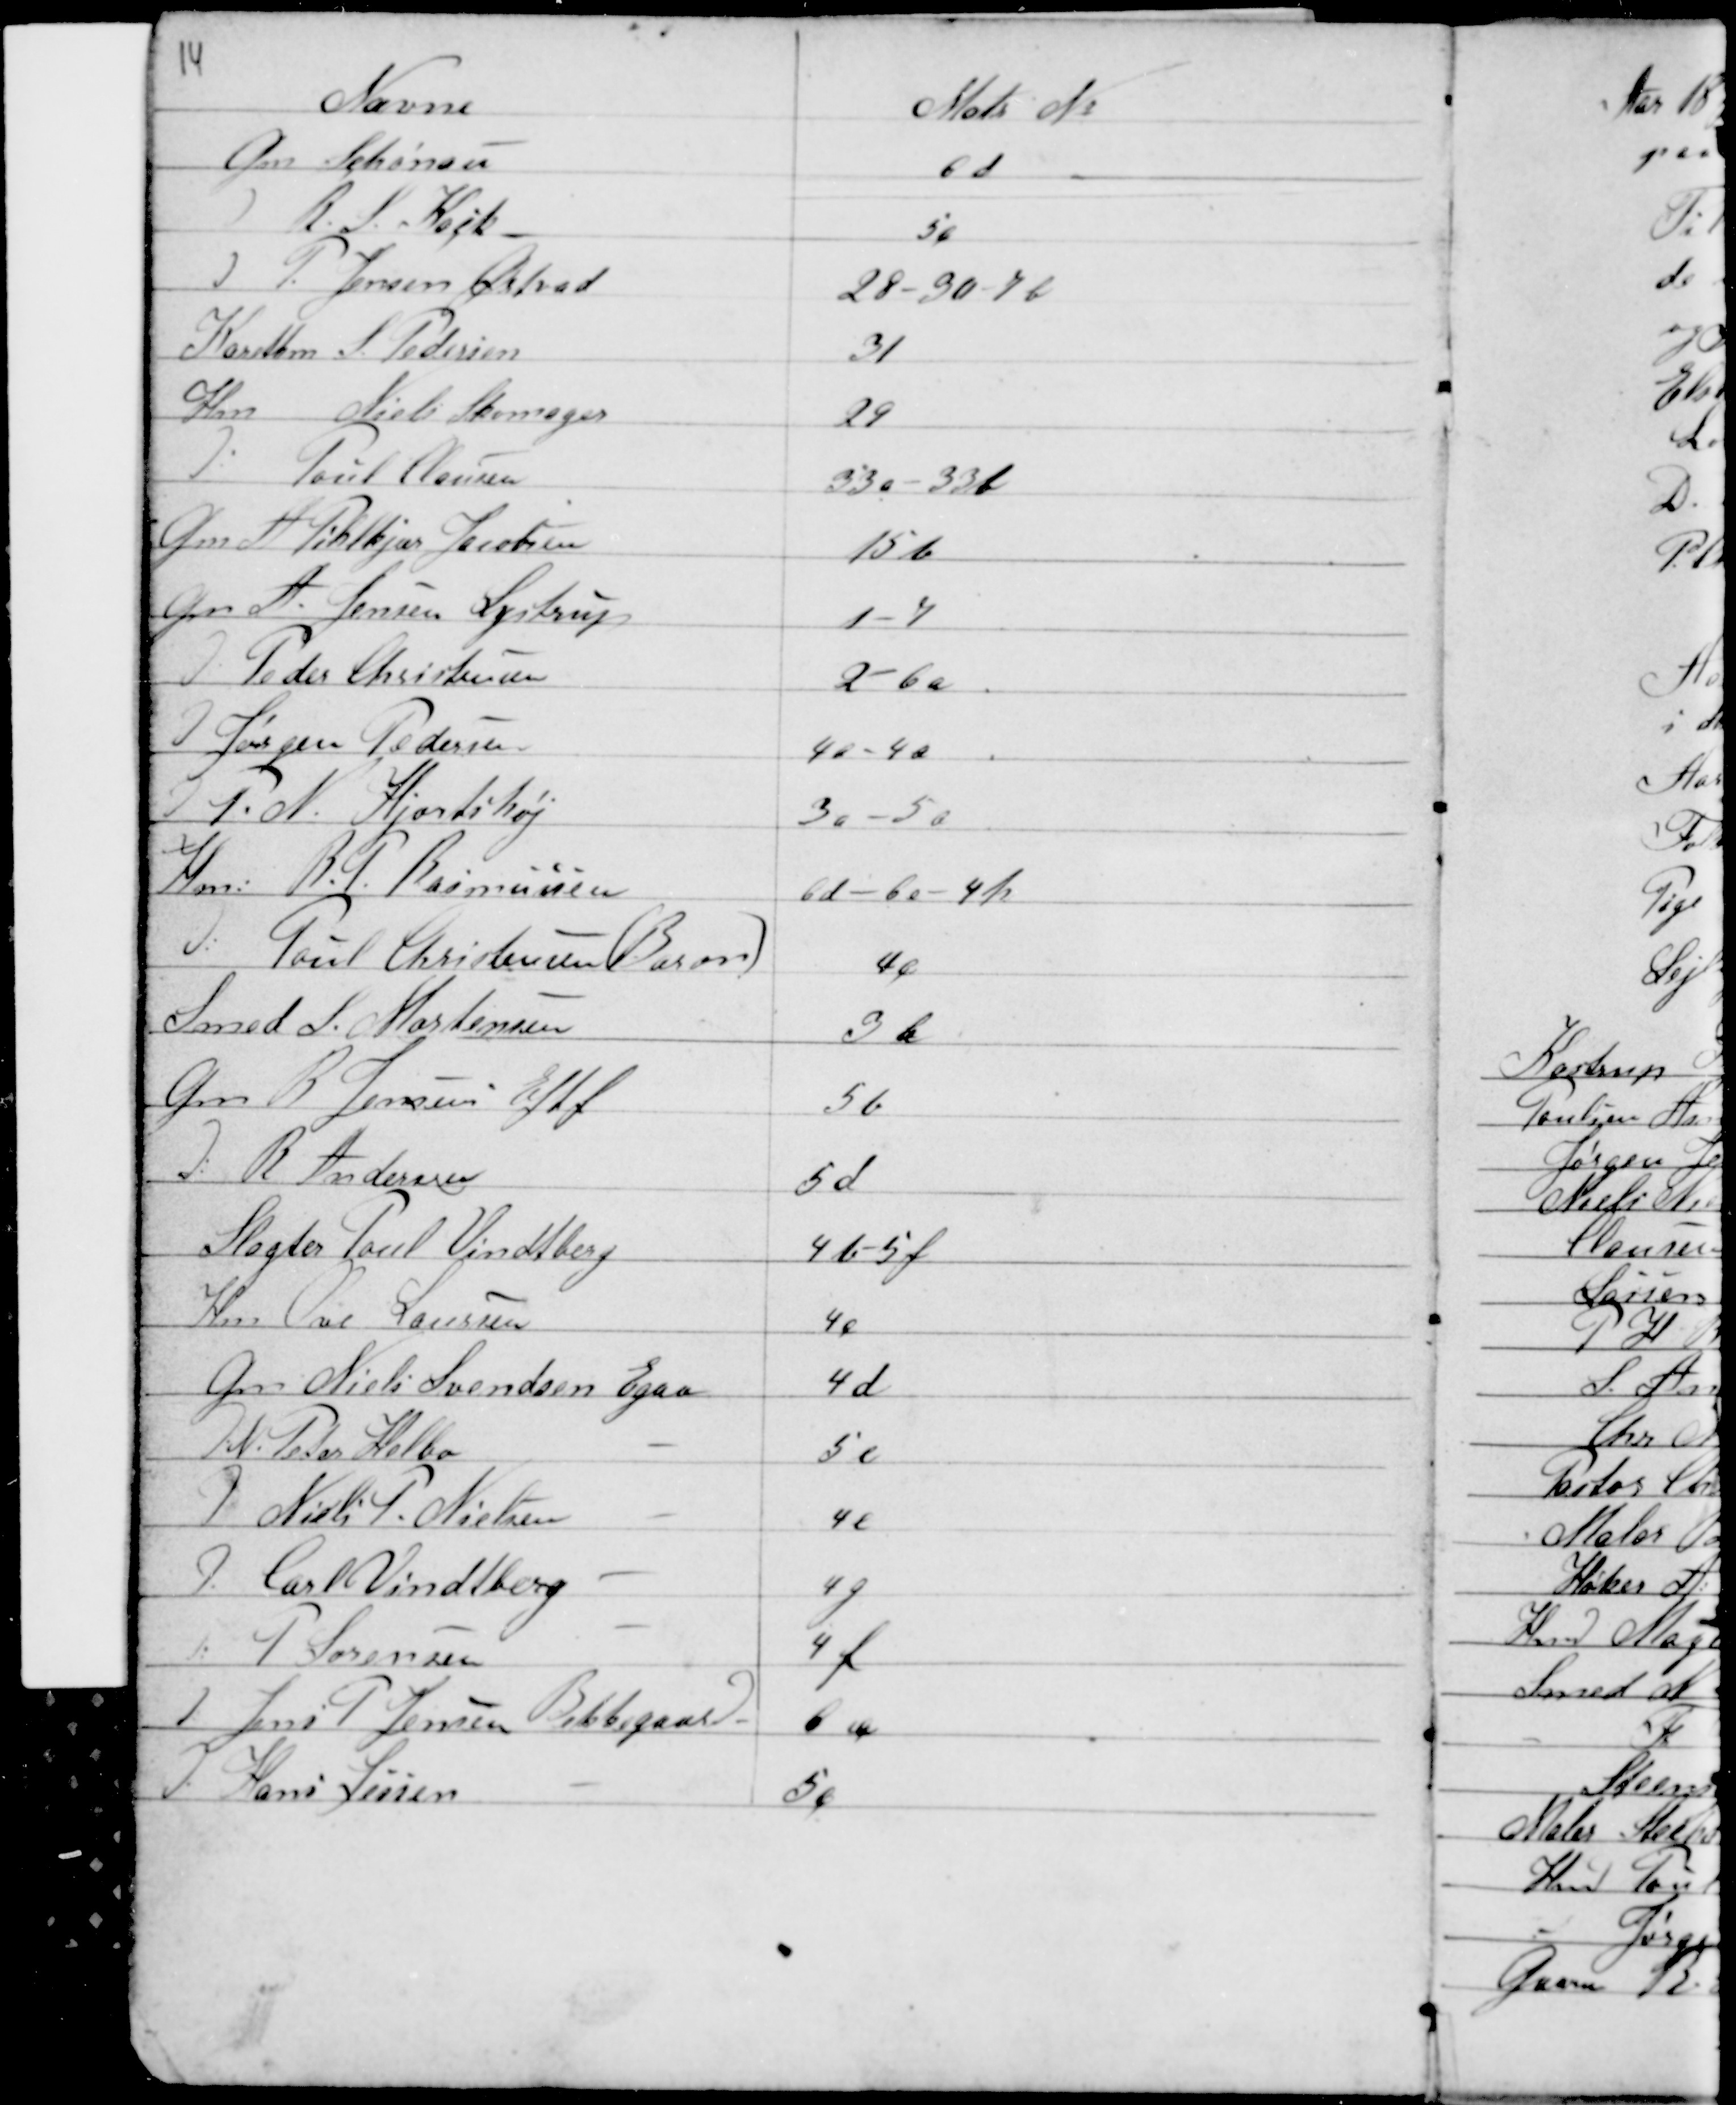
Transskription:
14